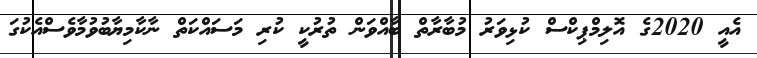
އެއީ 2020ގެ އޮލިމްޕިކްސް ކުޅިވަރު މުބާރާތް ބާއްވަން ތުރުކީ ކުރި މަސައްކަތް ނާކާމިޔާބުވުމާވެސްއެކުގަ